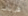
فراني